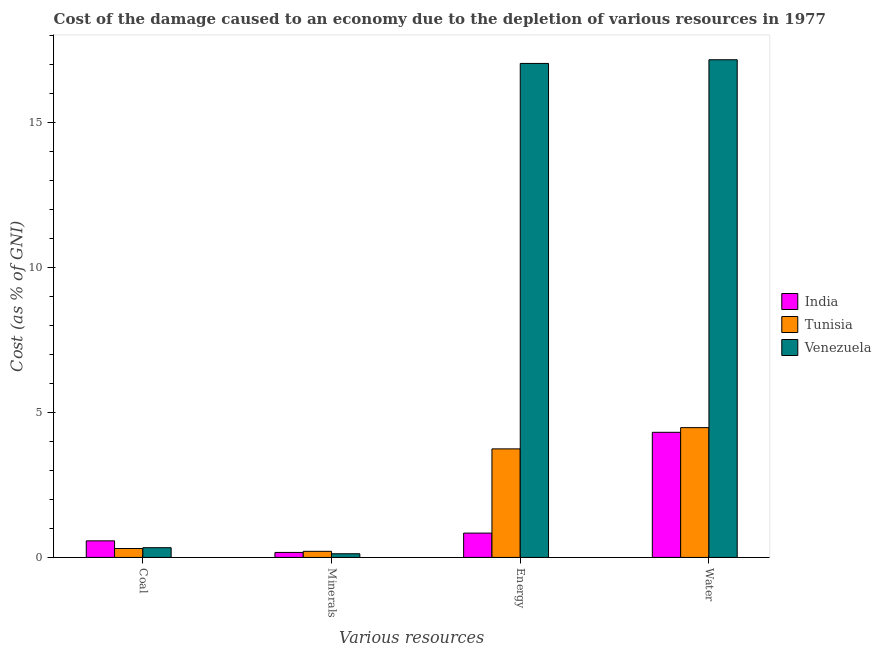
| Various resources | India | Tunisia | Venezuela |
 | --- | --- | --- | --- |
 | Coal | 0.572 | 0.307 | 0.336 |
 | Minerals | 0.172 | 0.211 | 0.127 |
 | Energy | 0.839 | 3.74 | 17 |
 | Water | 4.32 | 4.48 | 17.2 |